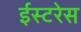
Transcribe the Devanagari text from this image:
ईस्टरेस